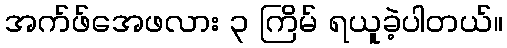
အက်ဖ်အေဖလား ၃ ကြိမ် ရယူခဲ့ပါတယ်။